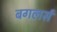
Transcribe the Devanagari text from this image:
बगलर्स